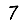
Digit: 7